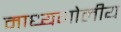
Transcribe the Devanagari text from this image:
माध्यगोलीय